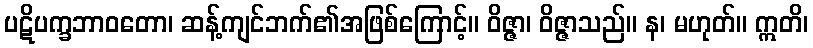
ပဋိပက္ခဘာဝတော၊ ဆန့်ကျင်ဘက်၏အဖြစ်ကြောင့်။ ဝိဇ္ဇာ၊ ဝိဇ္ဇာသည်။ န၊ မဟုတ်။ ဣတိ၊